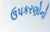
ઉપકરણોનો